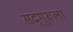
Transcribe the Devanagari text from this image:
सद्‌गुरूला